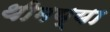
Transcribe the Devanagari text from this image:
थीमय्या